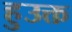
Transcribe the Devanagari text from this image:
हुउक्त